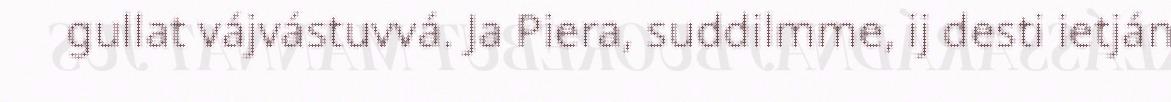
gullat vájvástuvvá. Ja Piera, suddilmme, ij desti ietján